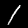
Digit: 1